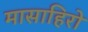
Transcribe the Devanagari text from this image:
मासाहिरो